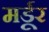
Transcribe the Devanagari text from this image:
मर्डूर